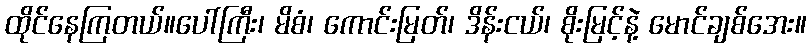
ထိုင်နေကြတယ်။ပေါ်ကြီး၊ မိစံ၊ ကောင်းမြတ်၊ ဒိန်းငယ်၊ စိုးမြင့်နဲ့ မောင်ချစ်အေး။